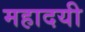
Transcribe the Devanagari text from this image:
महादयी